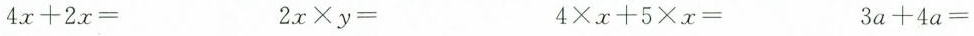
$$4x+2x=$$ $$2x \times y=$$ $$4 \times x+5 \times x=$$ $$3a+4a=$$